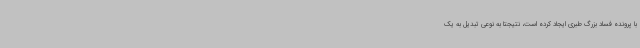
با پرونده فساد بزرگ طبری ایجاد کرده است، نتیجتا به نوعی تبدیل به یک